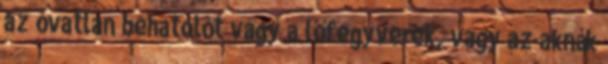
az óvatlan behatolót vagy a lőfegyverek, vagy az aknák